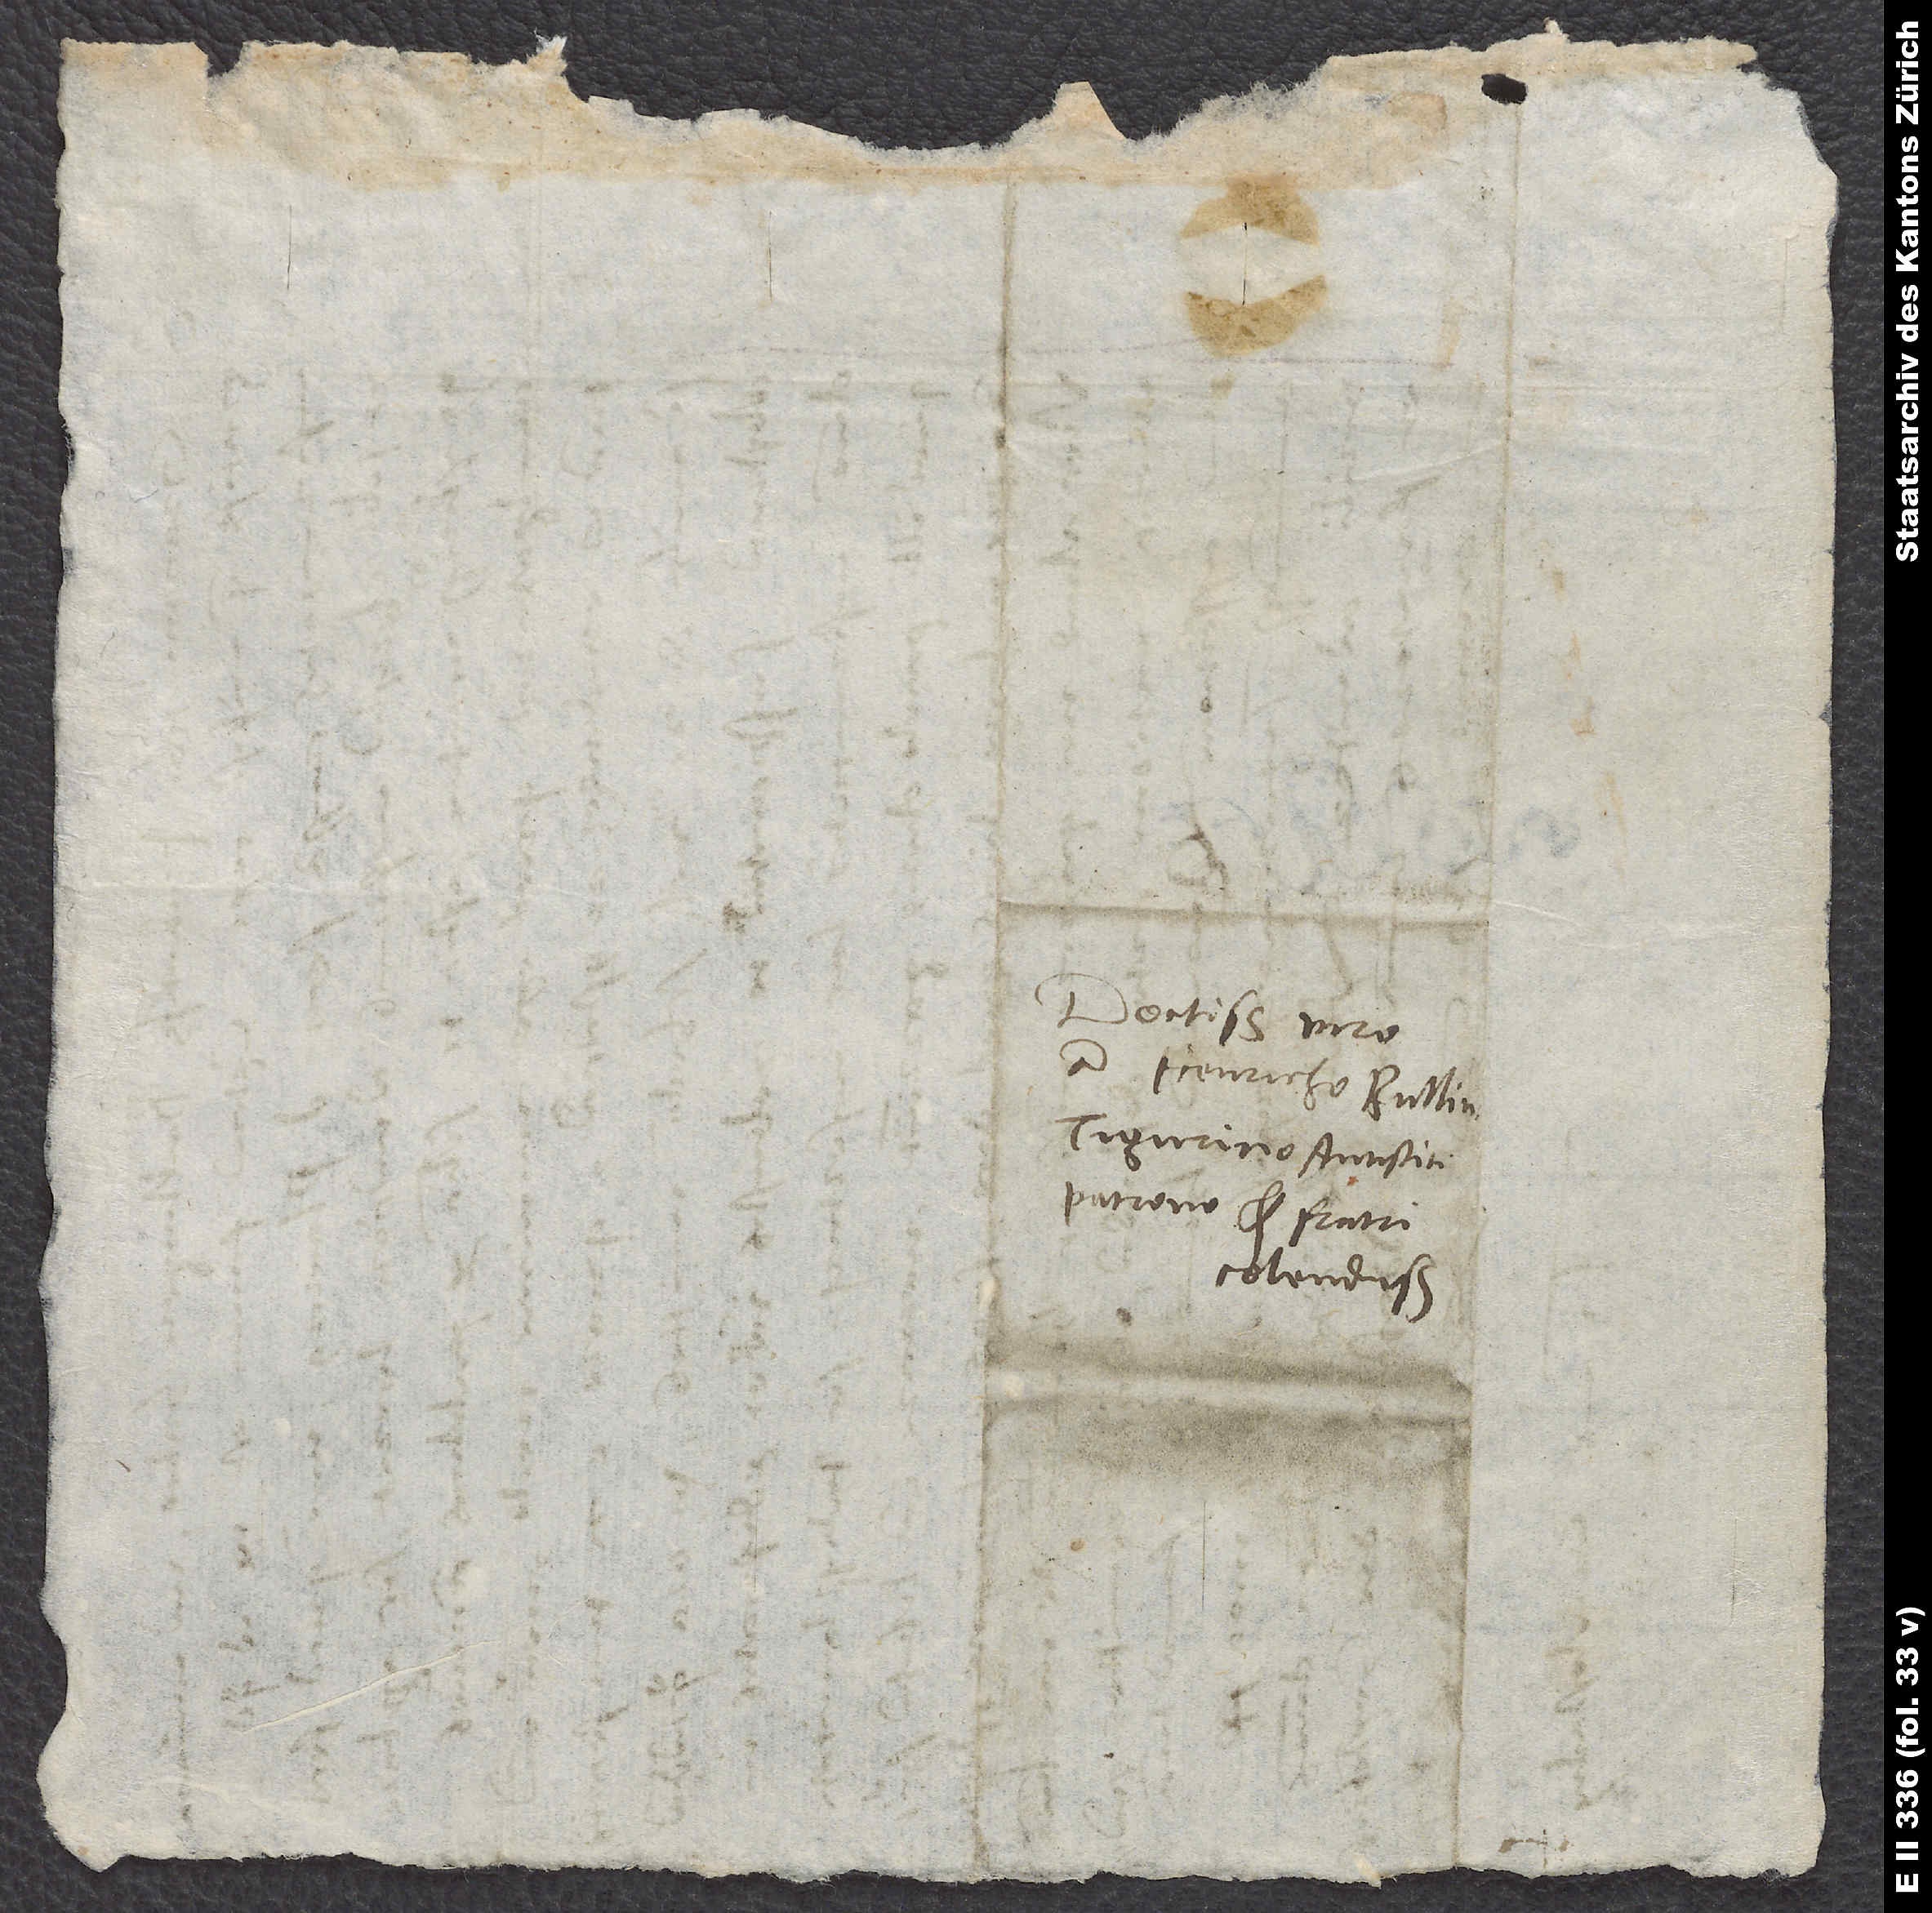
Doctissimo viro
d. Heinricho Bullingero,
Tigurino antistiti,
patrono et fratri
colendissimo.